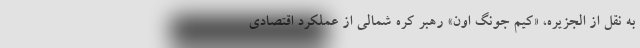
به نقل از الجزیره، «کیم جونگ اون» رهبر کره شمالی از عملکرد اقتصادی